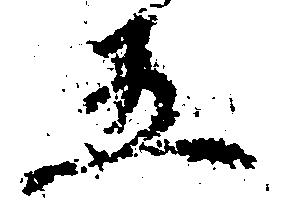
五